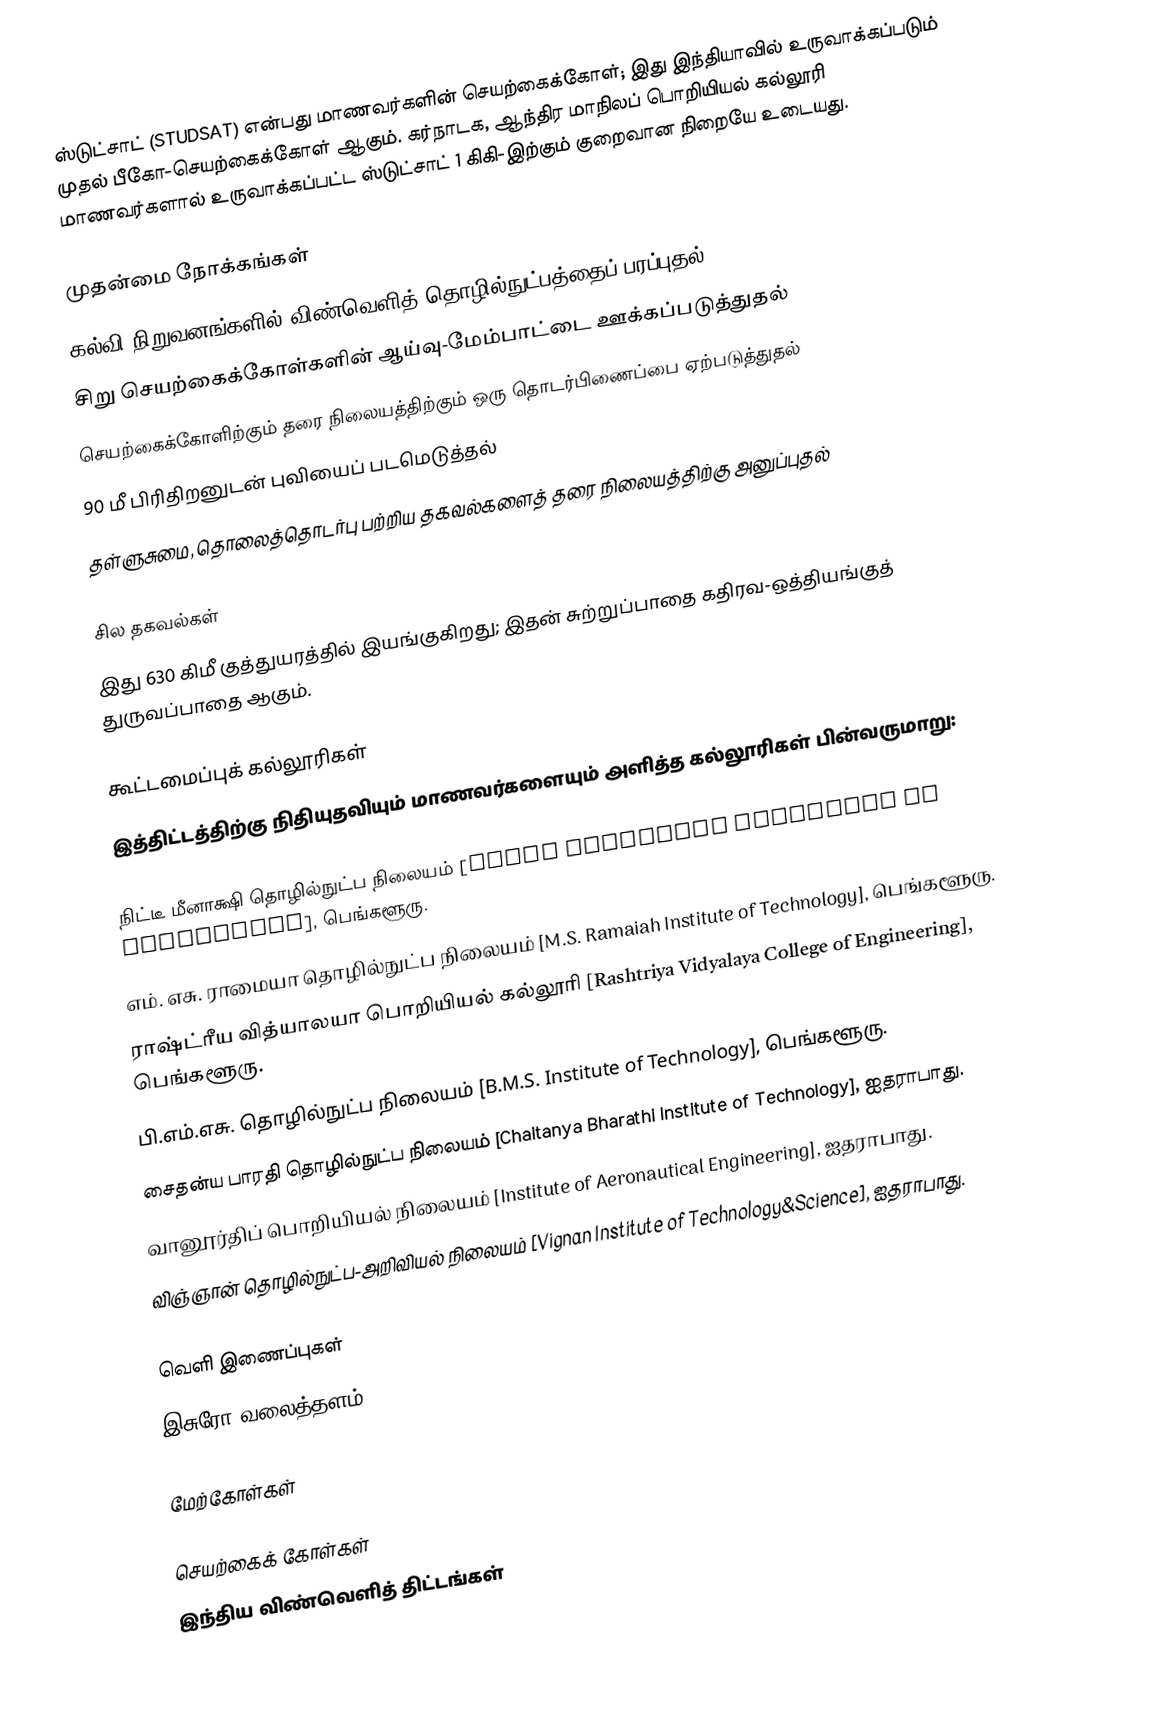
ஸ்டுட்சாட் (STUDSAT) என்பது மாணவர்களின் செயற்கைக்கோள்; இது இந்தியாவில் உருவாக்கப்படும் முதல் பீகோ-செயற்கைக்கோள் ஆகும். கர்நாடக, ஆந்திர மாநிலப் பொறியியல் கல்லூரி மாணவர்களால் உருவாக்கப்பட்ட ஸ்டுட்சாட் 1 கிகி-இற்கும் குறைவான நிறையே உடையது.

முதன்மை நோக்கங்கள்
 கல்வி நிறுவனங்களில் விண்வெளித் தொழில்நுட்பத்தைப் பரப்புதல்
 சிறு செயற்கைக்கோள்களின் ஆய்வு-மேம்பாட்டை ஊக்கப்படுத்துதல்
 செயற்கைக்கோளிற்கும் தரை நிலையத்திற்கும் ஒரு தொடர்பிணைப்பை ஏற்படுத்துதல்
 90 மீ பிரிதிறனுடன் புவியைப் படமெடுத்தல்
 தள்ளுசுமை, தொலைத்தொடர்பு பற்றிய தகவல்களைத் தரை நிலையத்திற்கு அனுப்புதல்

சில தகவல்கள்
 இது 630 கிமீ குத்துயரத்தில் இயங்குகிறது; இதன் சுற்றுப்பாதை கதிரவ-ஒத்தியங்குத் துருவப்பாதை ஆகும்.

கூட்டமைப்புக் கல்லூரிகள்
இத்திட்டத்திற்கு நிதியுதவியும் மாணவர்களையும் அளித்த கல்லூரிகள் பின்வருமாறு:

 நிட்டீ மீனாக்ஷி தொழில்நுட்ப நிலையம் [Nitte Meenakshi Institute of Technology], பெங்களூரு.
 எம். எசு. ராமையா தொழில்நுட்ப நிலையம் [M.S. Ramaiah Institute of Technology], பெங்களூரு.
 ராஷ்ட்ரீய வித்யாலயா பொறியியல் கல்லூரி [Rashtriya Vidyalaya College of Engineering], பெங்களூரு.
 பி.எம்.எசு. தொழில்நுட்ப நிலையம் [B.M.S. Institute of Technology], பெங்களூரு.
 சைதன்ய பாரதி தொழில்நுட்ப நிலையம் [Chaitanya Bharathi Institute of Technology], ஐதராபாது.
 வானூர்திப் பொறியியல் நிலையம் [Institute of Aeronautical Engineering], ஐதராபாது.
 விஞ்ஞான் தொழில்நுட்ப-அறிவியல் நிலையம் [Vignan Institute of Technology&Science], ஐதராபாது.

வெளி இணைப்புகள்
 இசுரோ வலைத்தளம்

மேற்கோள்கள்

செயற்கைக் கோள்கள்
இந்திய விண்வெளித் திட்டங்கள்